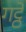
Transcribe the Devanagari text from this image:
गट्ठे